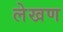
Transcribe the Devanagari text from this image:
लेखण